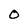
Character: O